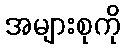
အများစုကို